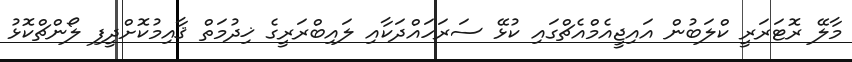
މާލޭ ރޮޓަރަރީ ކްލަބުން އައިޖީއެމްއެޗްގައި ކުޅޭ ސަރަހައްދަކާއި ލައިބްރަރީގެ ޚިދުމަތް ޤާއިމުކޮށްދީފި ލޯންޗްކޮޅު